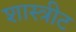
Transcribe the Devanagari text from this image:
शास्त्रीट